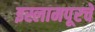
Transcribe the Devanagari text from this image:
इस्लामपूरचे